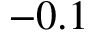
- 0 . 1